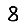
Digit: 8